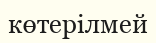
көтерілмей